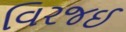
વિરજઈ